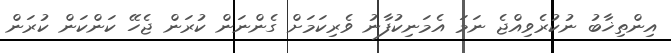
އިންތިޚާބު ނުކުރެވިއްޖެ ނަމަ އެމަނިކުފާނު ވެރިކަމަށް ގެންނަން ކުރަން ޖެހޭ ކަންކަން ކުރަން